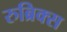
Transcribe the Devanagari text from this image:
रुब्रिक्स